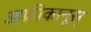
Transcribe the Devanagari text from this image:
आफ़्रीकानूस्